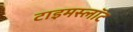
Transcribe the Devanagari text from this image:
टाइमस्लॉट